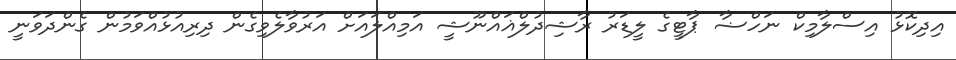
އިދިކޮޅު އިސްލާމިކް ނަހްޟާ ޕާޓީގެ ލީޑަރު ރާޝިދުލްޣައްނޫޝީ އަމިއްލައަށް އަރުވާލެވިގެން ދިރިއުޅުއްވަމުން ގެންދަވަނީ